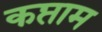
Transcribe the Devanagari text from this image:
कप्ताम